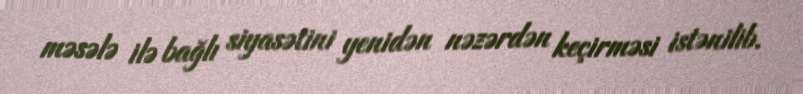
məsələ ilə bağlı siyasətini yenidən nəzərdən keçirməsi istənilib.